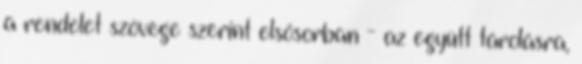
a rendelet szövege szerint elsősorban - az együtt tárolásra,